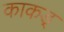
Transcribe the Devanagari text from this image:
काकड्